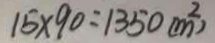
1 5 \times 9 0 = 1 3 5 0 ( m ^ { 2 } )